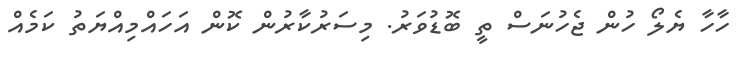
ހާހާ ޔެލޯ ހުން ޖެހުނަސް ތީ ބޮޑުވަރު. މިސަރުކާރުން ކޮން އަހައްމިއްޔަތު ކަމެއް